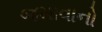
જમાવાનો